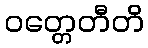
ဝတ္တေတီတိ